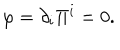
\varphi = \partial _ { i } \Pi ^ { i } = 0 .